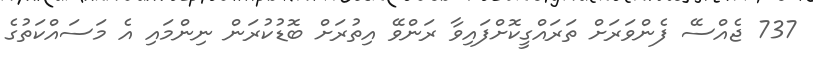
737 ޖެއްސޭ ފެންވަރަށް ތަރައްގީކޮށްފައިވާ ރަންވޭ އިތުރަށް ބޮޑުކުރަން ނިންމައި އެ މަސައްކަތުގެ